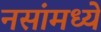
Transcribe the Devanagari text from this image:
नसांमध्ये